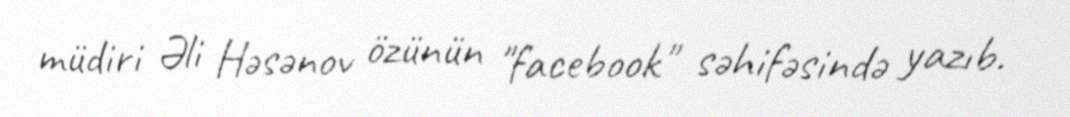
müdiri Əli Həsənov özünün "facebook" səhifəsində yazıb.